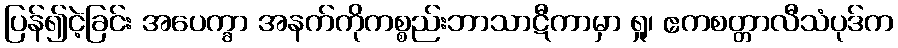
ပြန်၍ငဲ့ခြင်း အပေက္ခာ အနက်ကိုကစ္စည်းဘာသာဋီကာမှာ ရှု၊ ဧကစတ္တာလီသံပုဒ်က